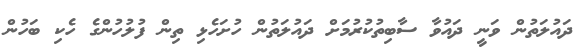
ދައުލަތުން ވަނީ ދައުވާ ސާބިތުކުރުމަށް ދައުލަތުން ހުށަހެޅި ތިން ފުލުހުންގެ ހެކި ބަހުން